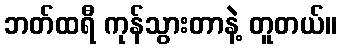
ဘတ်ထရီ ကုန်သွားတာနဲ့ တူတယ်။